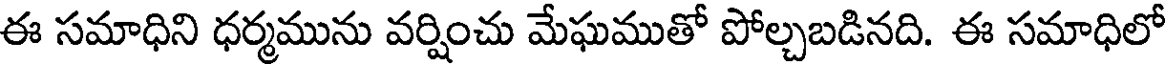
ఈ సమాధిని ధర్మమును వర్షించు మేఘముతో పోల్చబడినది. ఈ సమాధిలో